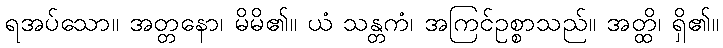
ရအပ်သော။ အတ္တနော၊ မိမိ၏။ ယံ သန္တကံ၊ အကြင်ဥစ္စာသည်။ အတ္ထိ၊ ရှိ၏။